Supplement to the account of plague administration in the Bombay Presidency from September 1896 till May 1897
Year: 1896
Disease focus: Plague
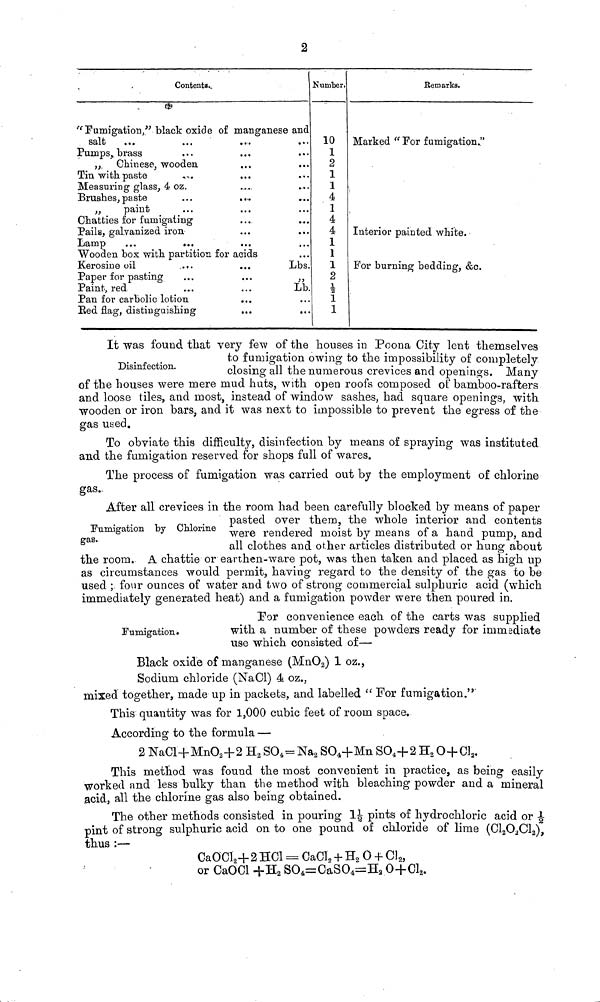
2
Contents.
"Fumigation," black oxide of
salt
Pumps, brass
,, Chinese, wooden
Tin with paste
Measuring glass, 4 oz.
Brushes, paste
,,
paint
Chatties for fumigating
Pails, galvanized iron
Lamp
...
...
Wooden box with partition for
Kerosine oil
....
Paper for pasting
Paint, red
Pan for carbolic lotion
Bed flag, distinguishing
manganese and
... ...
...
... ...
... ...
... ...
... ...
... ...
... ...
... ...
acids
Lbs.
...
,,
...
...
... ...
Number.
10
1
2
1
1
4
1
4
4
1
1
1
2
1
1
Remarks.
Marked "For fumigation."
Interior painted white.
For burning bedding, &c.
Disinfection.
It was found that very few of the houses in Poona City lent themselves
to fumigation owing to the impossibility of completely
closing all the numerous crevices and openings. Many
of the houses were mere mud huts, with open roofs composed of bamboo-rafters
and loose tiles, and most, instead of window sashes, had square openings, with
wooden or iron bars, and it was next to impossible to prevent the egress of the
gas used.
To obviate this difficulty, disinfection by means of spraying was instituted
and the fumigation reserved for shops full of wares.
The process of fumigation was carried out by the employment of chlorine
gas.
Fumigation by Chlorine
gas,
After all crevices in the room had been carefully blocked by means of paper
pasted over them, the whole interior and contents
were rendered moist by means of a hand pump, and
all clothes and other articles distributed or hung about
the room. A chattie or earthen-ware pot, was then taken and placed as high up
as circumstances would permit, having regard to the density of the gas to be
used ; four ounces of water and two of strong commercial sulphuric acid (which
immediately generated heat) and a fumigation powder were then poured in.
Fumigation.
For convenience each of the carts was supplied
with a number of these powders ready for immediate
use which consisted of—
Black oxide of manganese (MnO 2 ) 1 oz.,
Sodium chloride (NaCl) 4 oz.,
mixed together, made up in packets, and labelled "For fumigation."
This quantity was for 1,000 cubic feet of room space.
According to the formula —
2 NaCl+MnO 2 +2 H 2 SO 4 = Na 2 SO 4 +Mn SO 4 +2 H 2 O+Cl 2 .
This method was found the most convenient in practice, as being easily
worked and less bulky than the method with bleaching powder and a mineral
acid, all the chlorine gas also being obtained.
The other methods consisted in pouring 1½ pints of hydrochloric acid or ½
pint of strong sulphuric acid on to one pound of chloride of lime (Cl 2 O 2 Cl 2 ),
thus :—
CaOCl 2 +2 HCl == CaCl 2 + H 2 O + Cl 2 ,
or CaOCl + H 2 SO 4 =CaSO 4 =H 2 O+Cl 2 .